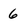
Character: 6